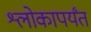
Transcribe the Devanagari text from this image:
श्लोकापर्यंत